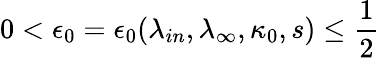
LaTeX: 0<\epsilon_{0}=\epsilon_{0}(\lambda_{in},\lambda_{\infty},\kappa_{0},s)\leq\frac 12